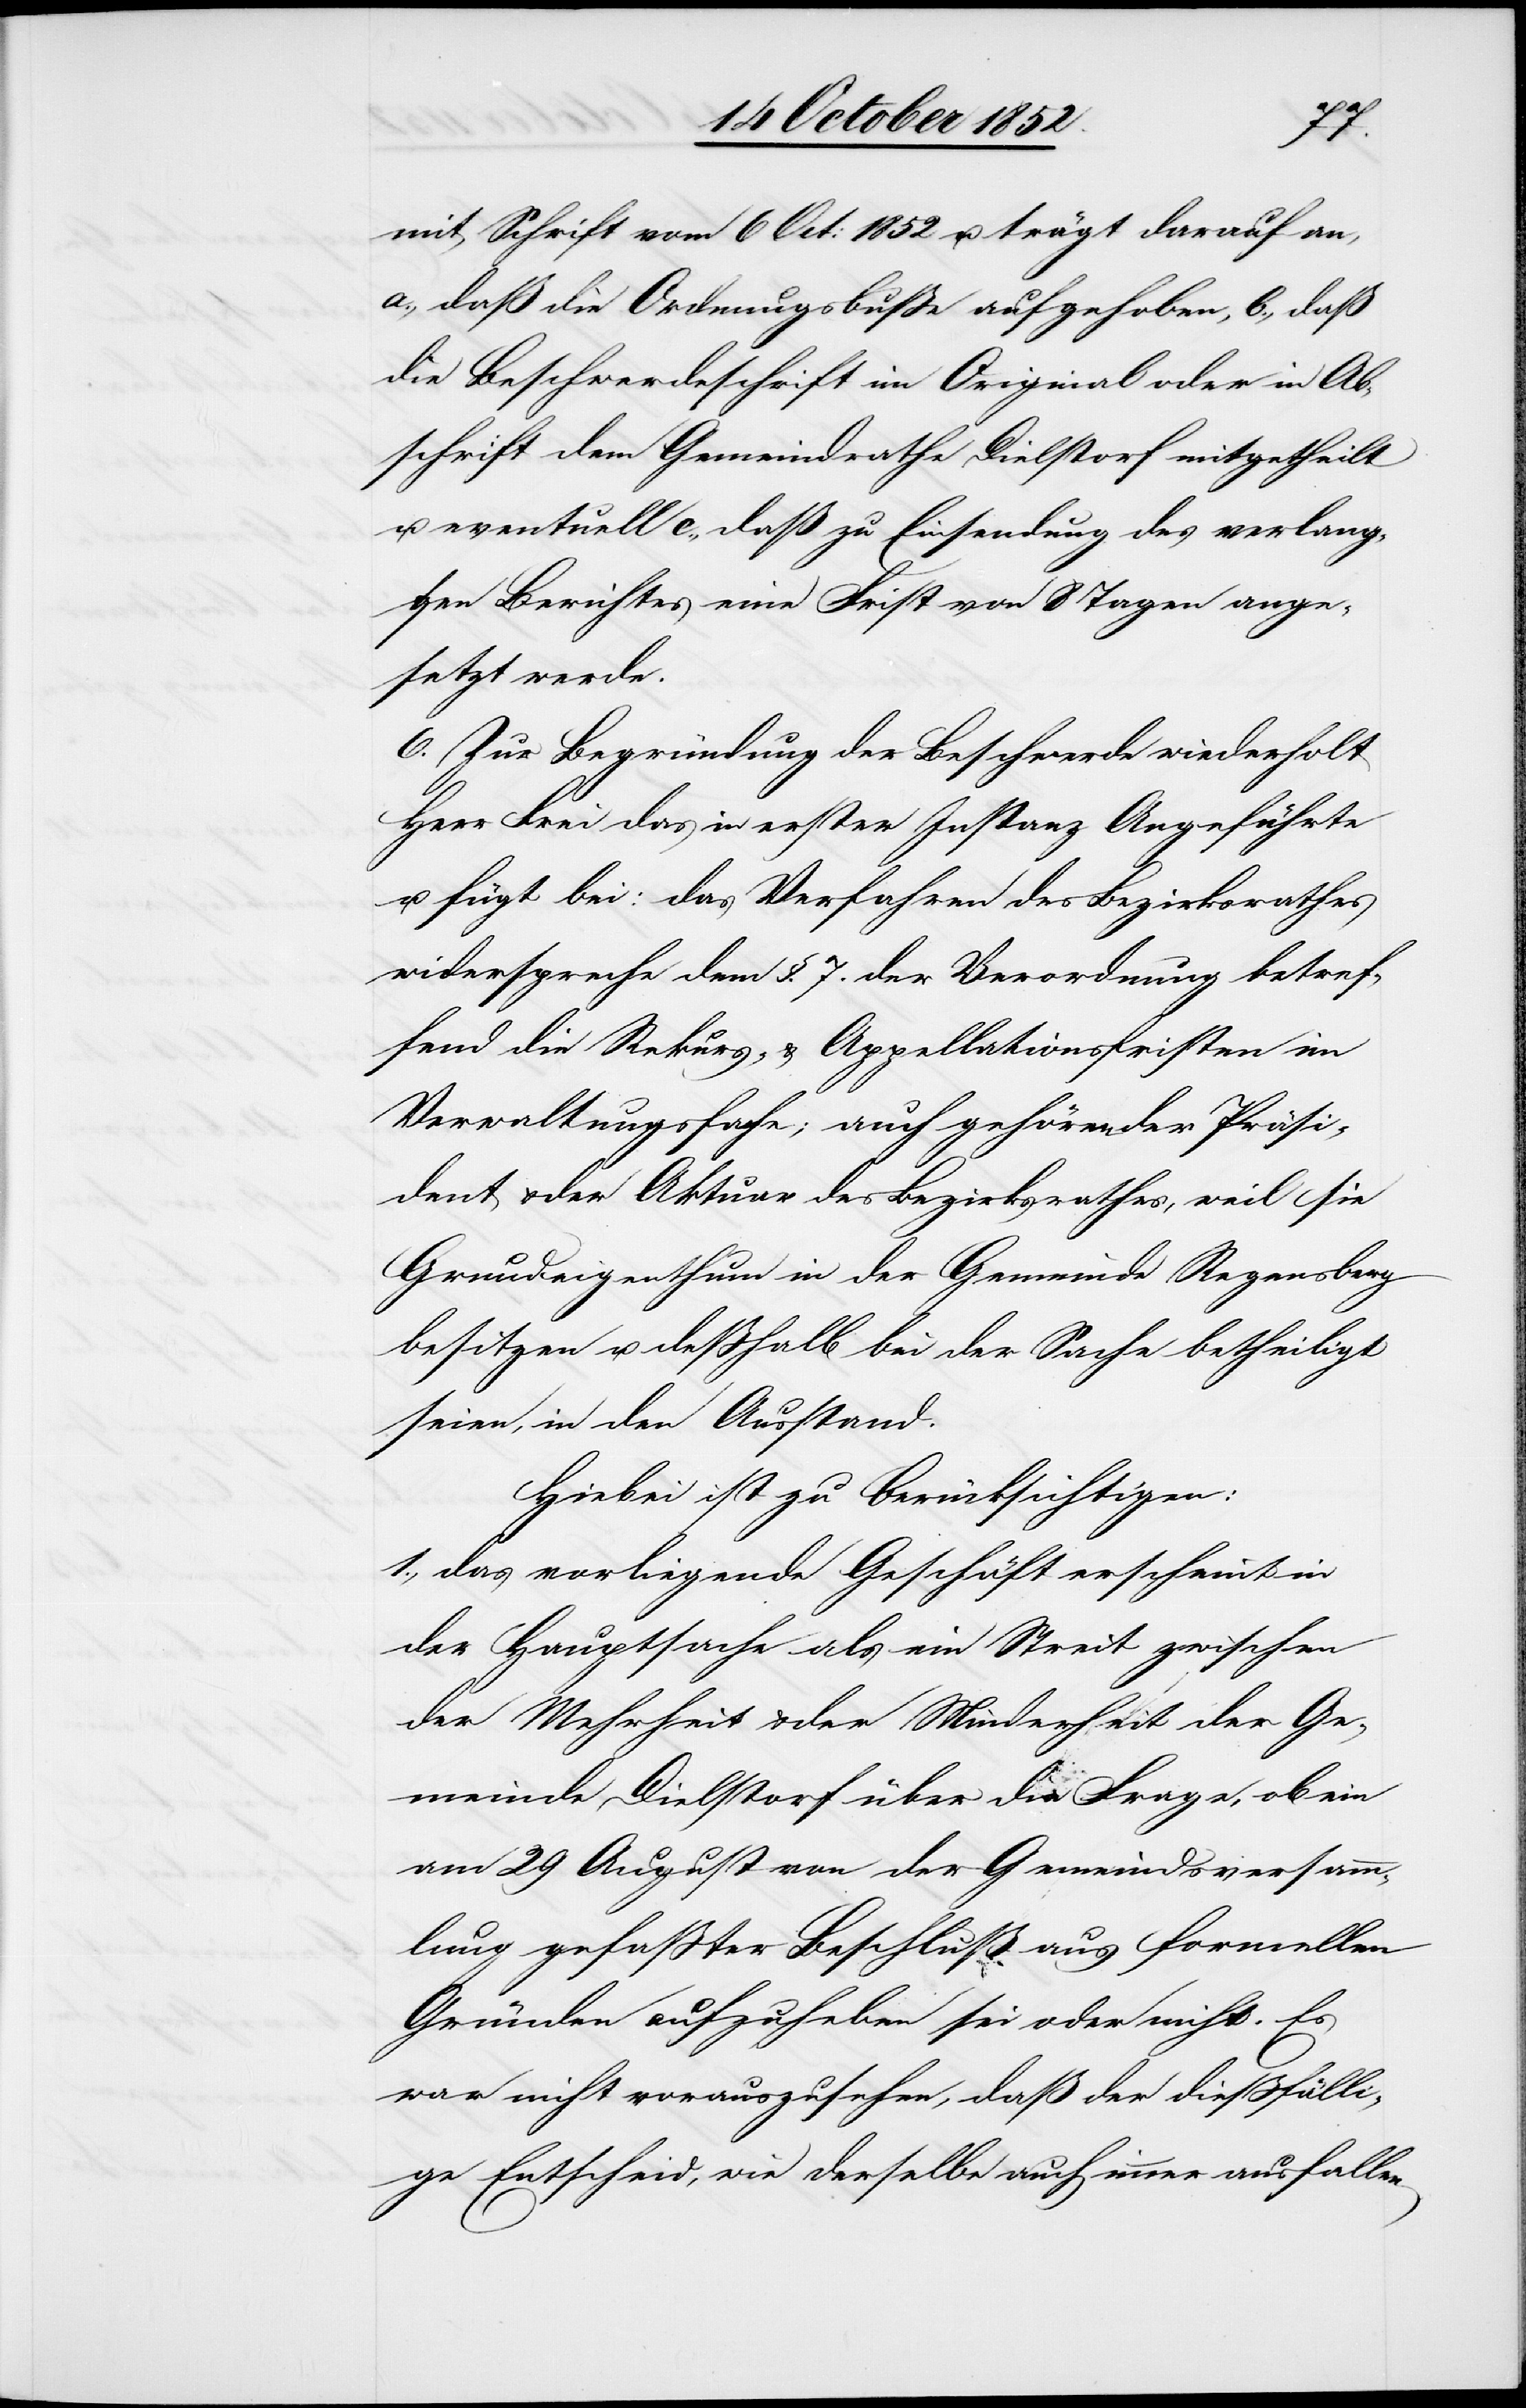
mit Schrift vom 6 Oct: 1852 u. trägt darauf an,
a., daß die Ordnungsbuße aufgehoben, b., daß
die Beschwerdeschrift im Original oder in Ab¬
schrift dem Gemeindrathe Dielstorf mitgetheilt
u. eventuell c., daß zu Einsendung des verlang¬
ten Berichtes eine Frist von 8 Tagen ange¬
setzt werde.
6. Zur Begründung der Beschwerde wiederholt
Herr Frei das in erster Instanz Angeführte
u. fügt bei: das Verfahren des Bezirksrathes
widerspreche dem §. 7. der Verordnung betref¬
fend die Rekurs- & Appellationsfristen im
Verwaltungsfache; auch gehören der Präsi¬
dent & der Aktuar des Bezirksrathes, weil sie
Grundeigenthum in der Gemeinde Regensberg
besitzen u. deßhalb bei der Sache betheiligt
seien, in den Ausstand.
Hiebei ist zu berücksichtigen:
1., das vorliegende Geschäft erscheint in
der Hauptsache als ein Streit zwischen
der Mehrheit & der Minderheit der Ge¬
meinde Dielstorf über die Frage, ob ein
am 29 August von der Gemeindsversamm¬
lung gefaßter Beschluß aus formellen
Gründen aufzuheben sei oder nicht. Es
war nicht vorauszusehen, daß der dießfälli¬
ge Entscheid, wie derselbe auch immer ausfallen